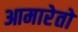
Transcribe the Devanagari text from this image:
आमारेतो